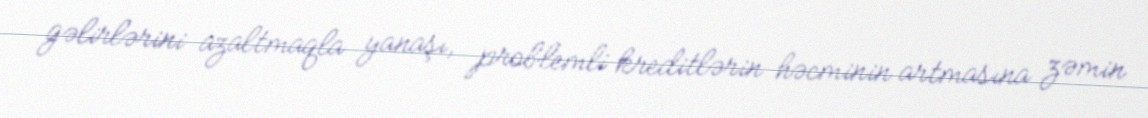
gəlirlərini azaltmaqla yanaşı, problemli kreditlərin həcminin artmasına zəmin